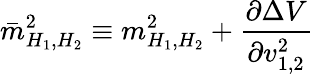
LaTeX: \bar{m}_{H_{1},H_{2}}^{2}\equiv m_{H_{1},H_{2}}^{2}+\frac{\partial\Delta V}{\partial{v_{1,2}^{2}}}